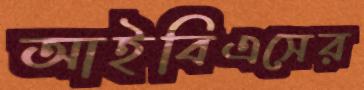
আইবিএসের